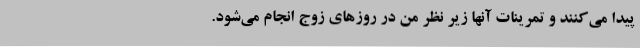
پیدا می‌کنند و تمرینات آنها زیر نظر من در روزهای زوج انجام می‌شود.